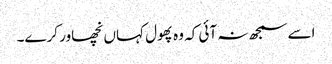
اسے سمجھ نہ آئی کہ وہ پھول کہاں نچھاور کرے۔